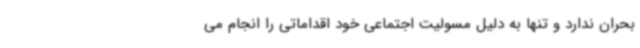
بحران ندارد و تنها به دلیل مسولیت اجتماعی خود اقداماتی را انجام می